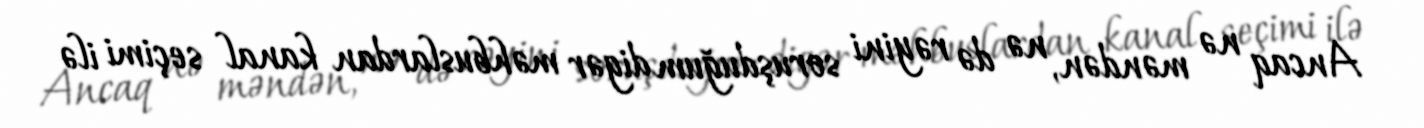
Ancaq nə məndən, nə də rəyini soruşduğum digər məhbuslardan kanal seçimi ilə